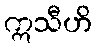
ဣသီဟိ